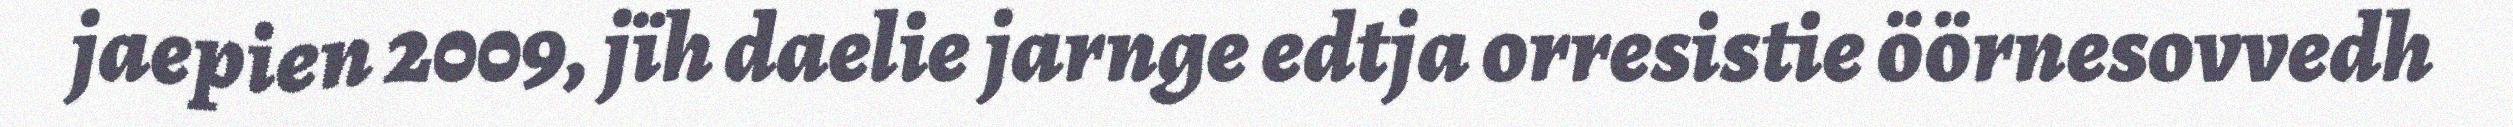
jaepien 2009, jïh daelie jarnge edtja orresistie öörnesovvedh